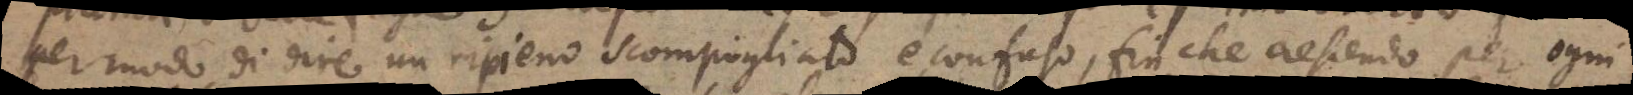
per modo di dire un ripieno scompigliato e confuso, finche crescendo per ogni